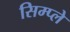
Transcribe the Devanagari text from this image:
सिम्प्ले